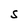
Character: S